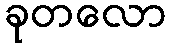
ခုတလော